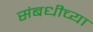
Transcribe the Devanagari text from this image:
संबधीच्या